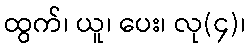
ထွက်၊ ယူ၊ ပေး၊ လု(၄)၊